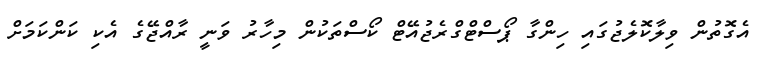
އެގޮތުން ވިލާކޮލެޖުގައި ހިންގާ ޕޯސްޓްގްރެޖުއޭޓް ކޯސްތަކުން މިހާރު ވަނީ ރާއްޖޭގެ އެކި ކަންކަމަށް